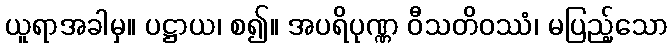
ယူရာအခါမှ။ ပဋ္ဌာယ၊ စ၍။ အပရိပုဏ္ဏ ဝီသတိဝဿံ၊ မပြည့်သော